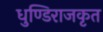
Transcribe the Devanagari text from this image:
धुण्डिराजकृत